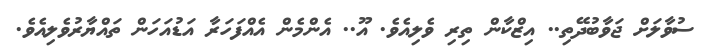
ސުވާލަށް ޖަވާބުދޭތި.. އިޒްކާން ތިރި ވެލިއެވެ. އޫ.. އެންމެން އެއްފަހަރާ އަޑުއަހަން ތައްޔާރުވެލިއެވެ.